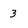
Character: 3